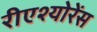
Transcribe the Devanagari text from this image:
रीएश्योरेंस